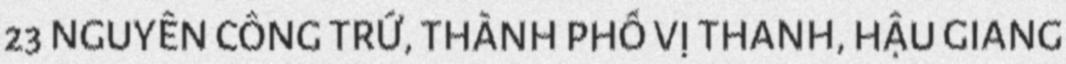
23 NGUYỄN CÔNG TRỨ, THÀNH PHỐ VỊ THANH, HẬU GIANG